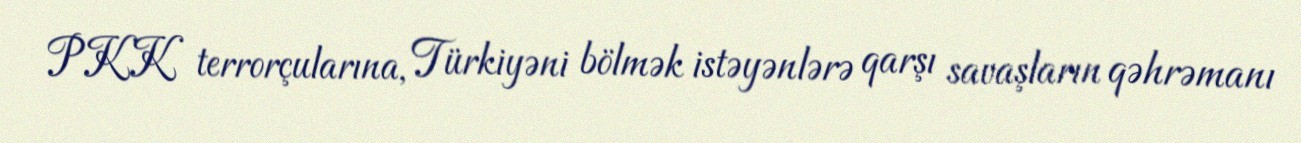
PKK terrorçularına, Türkiyəni bölmək istəyənlərə qarşı savaşların qəhrəmanı